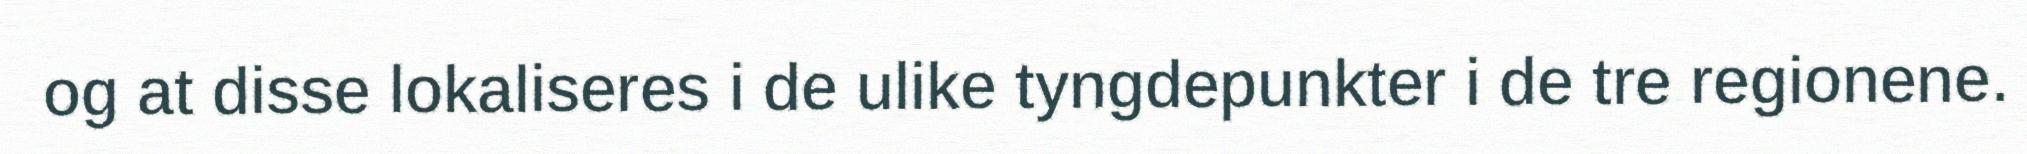
og at disse lokaliseres i de ulike tyngdepunkter i de tre regionene.